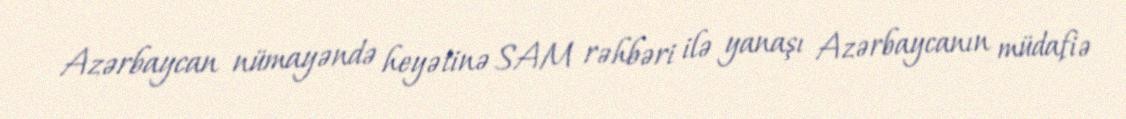
Azərbaycan nümayəndə heyətinə SAM rəhbəri ilə yanaşı Azərbaycanın müdafiə